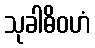
သုခါဓိဝဟံ